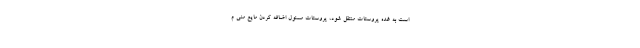
است به غده پروستات منتقل شود، پروستات مسئول اضافه کردن مایع منی م